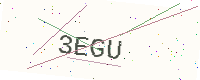
Text: 3EGU